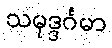
သမုဒ္ဒင်္ဂမာ